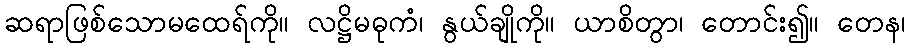
ဆရာဖြစ်သောမထေရ်ကို။ လဋ္ဌိမဓုကံ၊ နွယ်ချိုကို။ ယာစိတွာ၊ တောင်း၍။ တေန၊